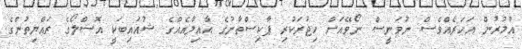
އުމުރުން އަހަރެއްވެސް ނުވަނީސް ނޯވޭއަށް ހިޖުރަކުރި ޕާކިސްތާނުގެ އާއިލާއެއްގެ ޝުއައިބަކީ އޮސްލޯގެ ރައްޔިތުންގެ